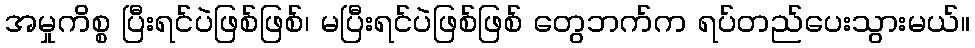
အမှုကိစ္စ ပြီးရင်ပဲဖြစ်ဖြစ်၊ မပြီးရင်ပဲဖြစ်ဖြစ် တွေဘက်က ရပ်တည်ပေးသွားမယ်။